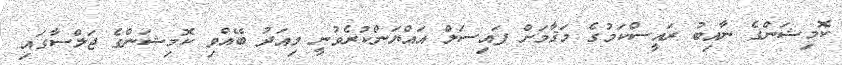
ކޮމިޝަންގެ ނާއިބު ރައީސްކަމުގެ މަޤާމަށް ފައިސަލް އައްޔަންކުރެވުނީ މިއަދު ބޭއްވި ކޮމިޝަންގެ ޖަލްސާގައި